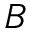
B